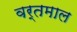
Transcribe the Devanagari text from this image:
वर्तमाल